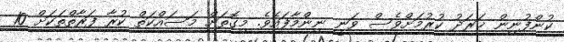
ކުންފުނިން ޚަރަދު ކުރުމަށްވެސް ވަނީ ނިންމާފައެވެ. މިގޮތަށް މަސައްކަތް ކުރާ ފަރާތްތަކަށް 10